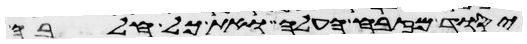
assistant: יסוד מזבח העלה ואת כל חלבה